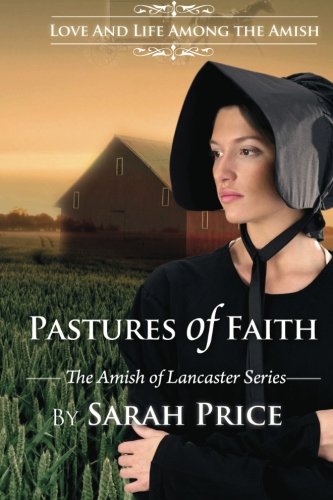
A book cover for Pastures of Faith: The Amish of Lancaster; Sarah Price; Christian Books & Bibles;